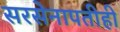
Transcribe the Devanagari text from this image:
सरसेनापतीही